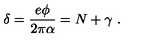
\delta = \frac { e \phi } { 2 \pi \alpha } = N + \gamma \ .